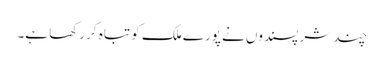
چند شر پسندوں نے پورے ملک کو تباہ کر رکھا ہے۔